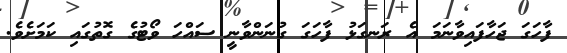
ފާހަގަ ޖަހާފައިވާނަމަ އެ ރަނގަޅު ފާހަގަ ގުނަންވާނީ ސައްހަ ވޯޓުގެ ގޮތުގައި ކަމަށެވެ.